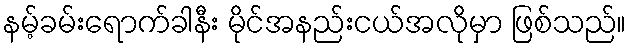
နမ့်ခမ်းရောက်ခါနီး မိုင်အနည်းငယ်အလိုမှာ ဖြစ်သည်။